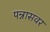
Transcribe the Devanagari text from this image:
पन्नासवर